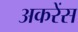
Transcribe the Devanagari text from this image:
अकरेंस